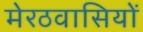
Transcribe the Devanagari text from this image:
मेरठवासियों